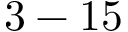
3 - 1 5